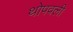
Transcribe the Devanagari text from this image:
थोपवली